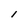
Character: l